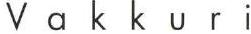
Vakkuri